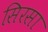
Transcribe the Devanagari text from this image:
सिरसा